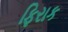
ફિરાક